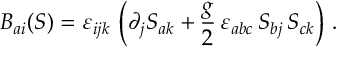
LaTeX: B _ { a i } ( S ) = \varepsilon _ { i j k } \, \left( \partial _ { j } S _ { a k } + \frac { g } { 2 } \, \varepsilon _ { a b c } \, S _ { b j } \, S _ { c k } \right) \, .